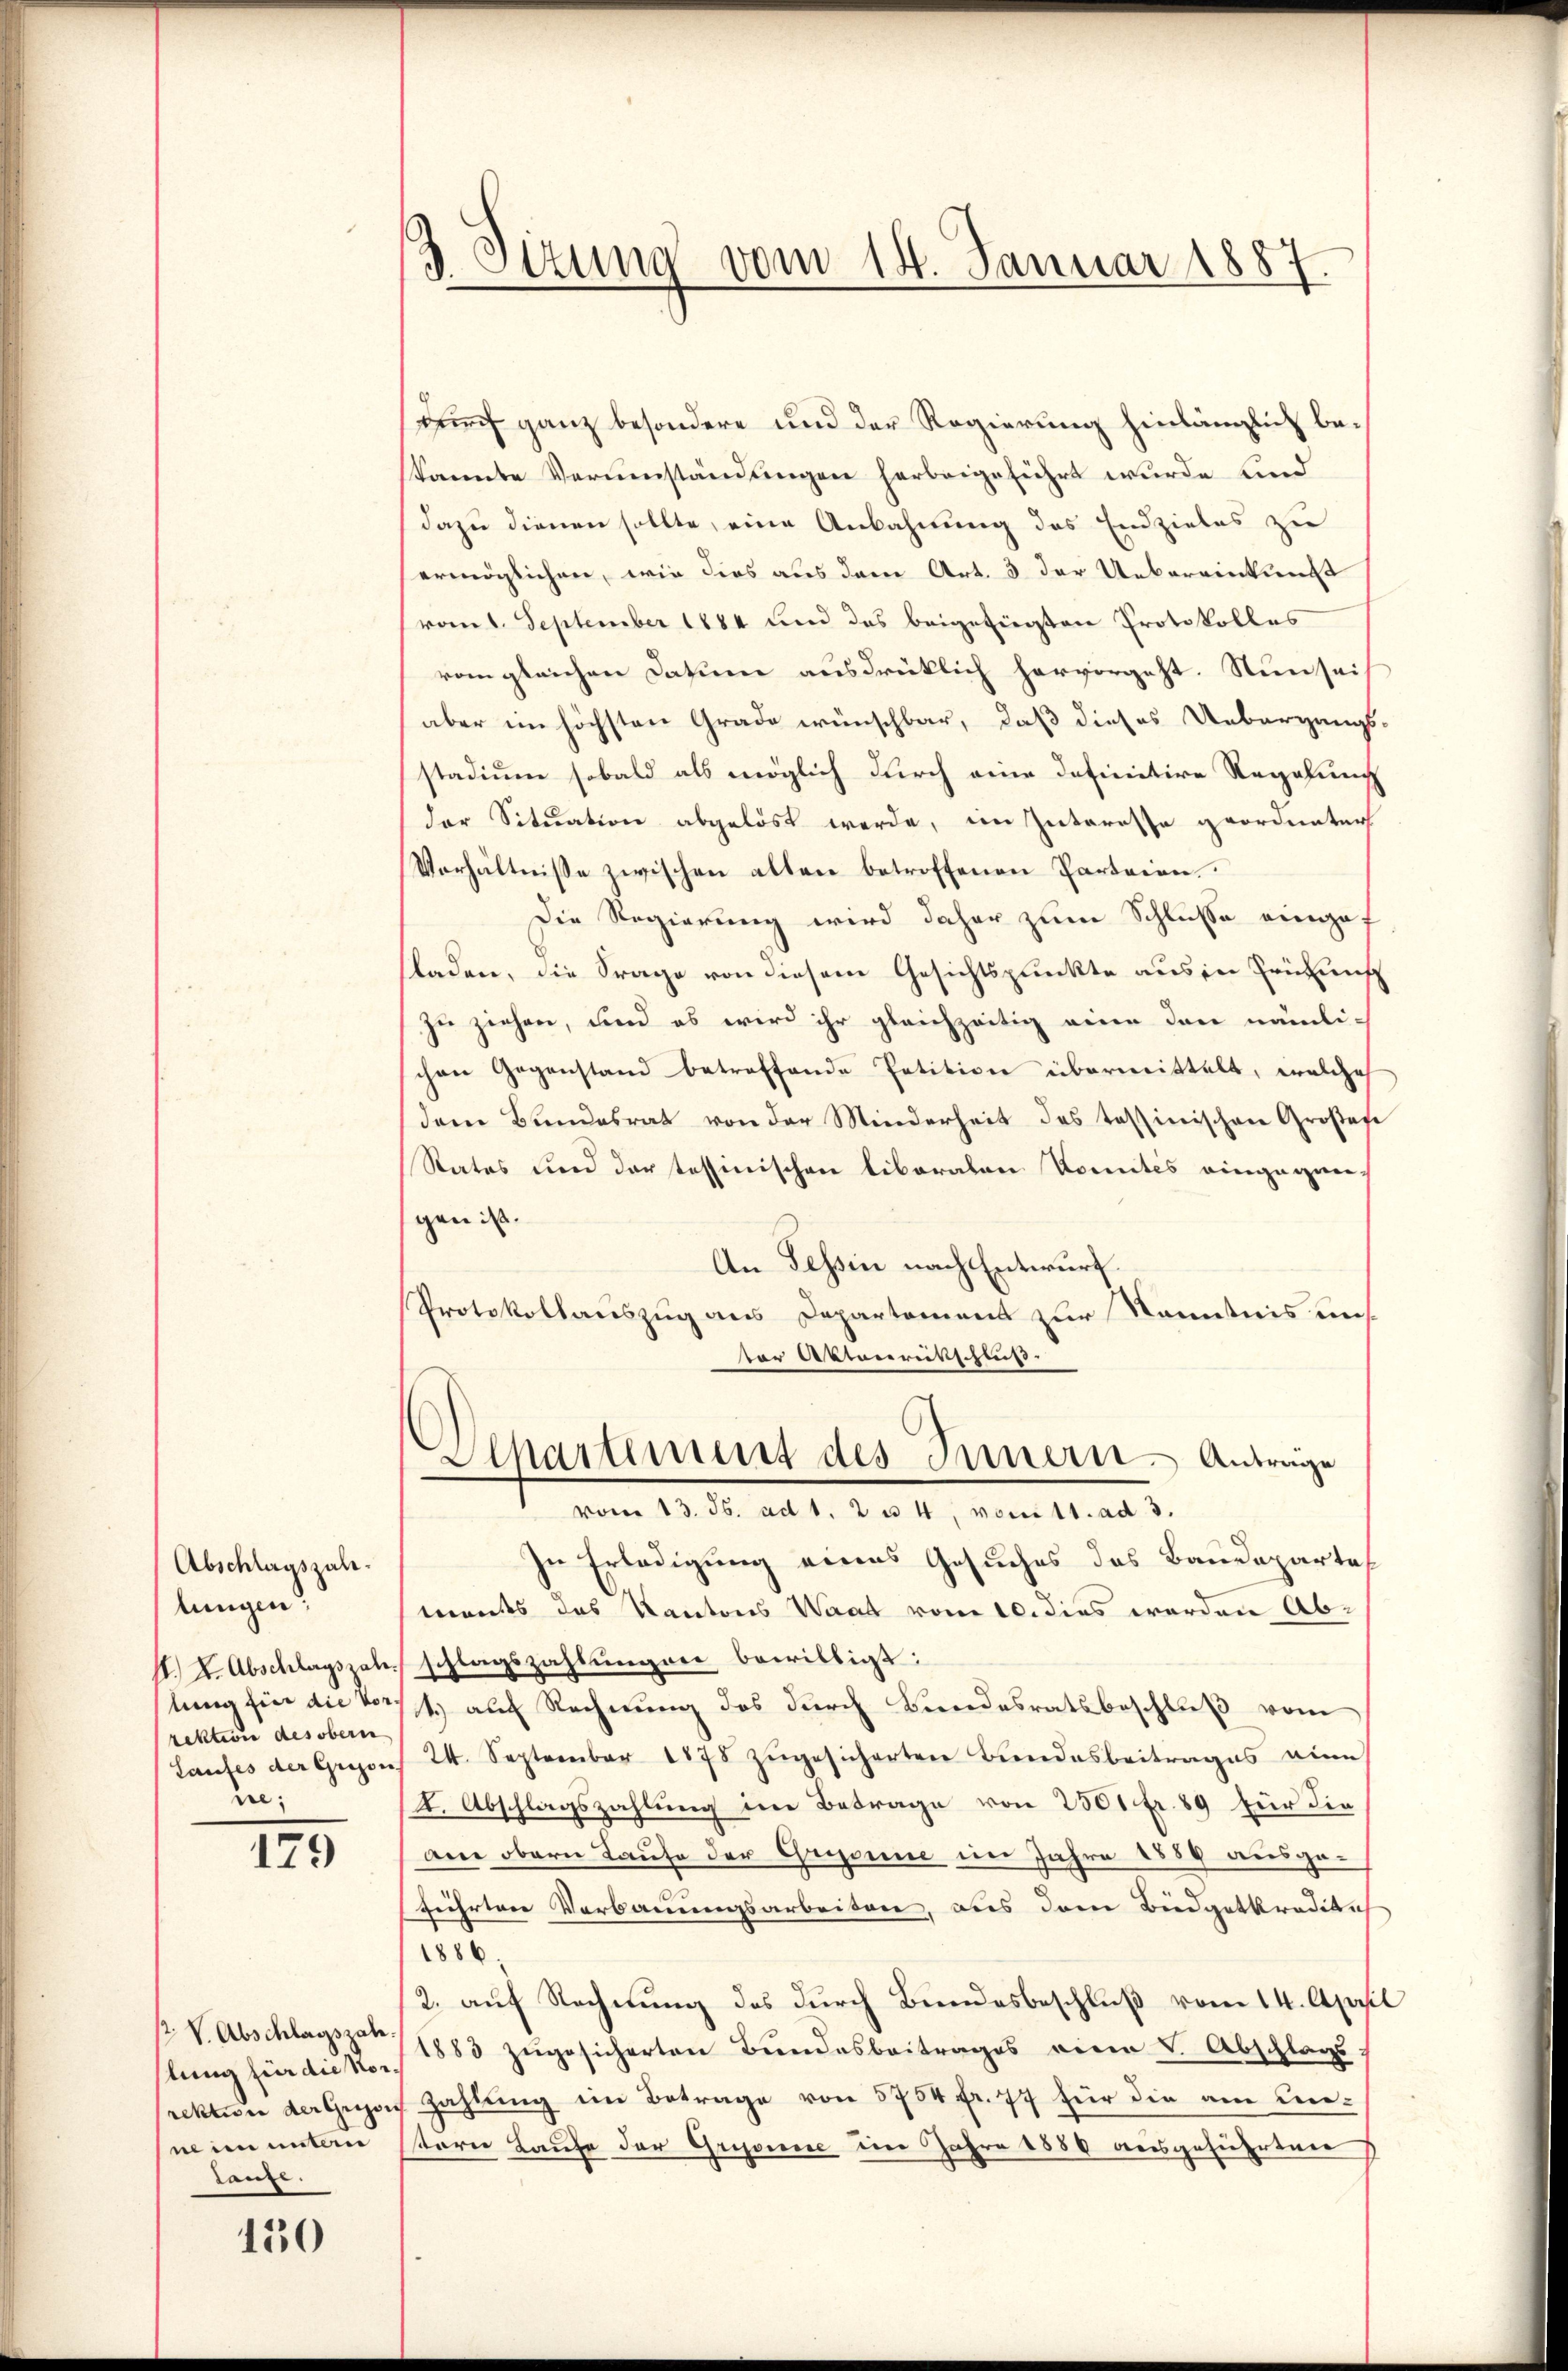
Abschlagszahlungen,
st. Dr. Abschlagszahr.
stung für die Vorrektion des obern
Laufes der Grison,
re;

179

V. Abschlagszah
stung für die Vorrektion der Gregor
ne im untern
lanze.

150

d. Ottung vom 14. Januar 1887.

Durch ganz besondere und der Regierung hinlänglich bekannte Verumständungen herbeigeführt wurde und
dazu dienen sollte, eine Anbahnung des Endzieles zu
ermöglichen, wie dies aus dem Art. 3 der Uebereinkunft
vom 1. September 1884 und das beigefügten Protokolles
rongleichen Datum ausdrücklich hervorgeht. Nun sei
aber im höchsten Grade wünschbar, daß dieses Uebergangsstadium sobald als möglich durch eine definitive Regelung
der Situation abgelöst werde, im Zuteresse geordneter
Verhältnisse zwischen alten betroffenen Parteien.
Die Regierung wird daher zum Schlusse eingesladen, die Frage von diesem Gesichtspunkte aus in Erinnes
zu ziehen, und es wird ihr gleichzeitig eine dann nämlichen Gegenstand betreffende Petition übermittelt, welche
dem Bundesrat von der Minderheit des Tessinischen Großaf
Rates und der tessinischen liberalen Komites eingegen-
gen ist.
An Tessin nach Entwurf.
Protokollauszug aus Departement zur Kenntnis uns.
or Ottonrütschus
Departement des Innern. Anträge
vom 13. ds. ad 1. 2 u. 4, von 11. ad 3.
In Erledigung eines Gesuches des Baudeparteterrents das Kantons Waat vom 10. dies werden Abschlagszahlungen bewilligt:
1.) auf Rechnung des durch Bundesratsbeschluß vom
24. September 1878 zŭgesicherten Bŭndesbeitrages eine
I. Abschlagszahlung im Betrage von 2501 fr. 89 für die
am obern Taufe der Gugonne im Jahre 1859 ausgeführten Verbauungsarbeiten, aus dem Büdgetkredita
1886.
2. auf Rechnung des durch Bundesbeschluß vom 14. April
1883 zugesicherten Bundesbeitrages vier v. Abschlags
Zahlung im Betrage von 5754 fr. 77 für die am Leestern Laufe der Grisonne im Jahre 1888 ausgeführten